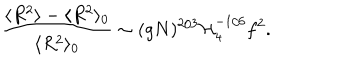
LaTeX: \frac { \langle R ^ { 2 } \rangle - \langle R ^ { 2 } \rangle _ { 0 } } { \langle R ^ { 2 } \rangle _ { 0 } } \sim ( g N ) ^ { 2 / 3 } { \cal H } _ { 4 } ^ { - 1 / 6 } f ^ { 2 } .